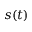
s ( t )